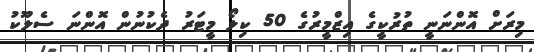
މިރަށް އޮންނަނީ ތުރުކީގެ އިޒްމީރުގެ 50 ކިލޯ މީޓަރު ދެކުނުން އޮންނަ ސެލޫކު